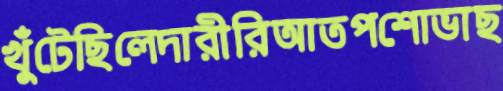
খুঁটেছিলেদারীরিআতপশোভাছ